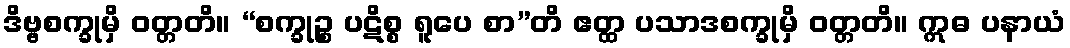
ဒိဗ္ဗစက္ခုမှိ ဝတ္တတိ။ “စက္ခုဉ္စ ပဋိစ္စ ရူပေ စာ”တိ ဧတ္ထ ပသာဒစက္ခုမှိ ဝတ္တတိ။ ဣဓ ပနာယံ